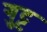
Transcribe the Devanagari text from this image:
गुट्ट